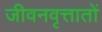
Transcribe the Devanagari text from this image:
जीवनवृत्तातों